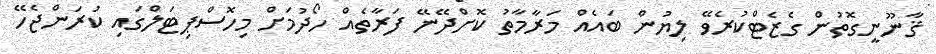
ޤާނޫނީގޮތުން ގެޒެޓްކުރެވޭ ލިޔުން ބައެއް މަރާމާތު ކޮށްދޭނޭ ފަރާތެއް ހޯދުމަށް މިހޮސްޕިޓަލްގައި ކުރަންޖެހޭ